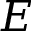
E